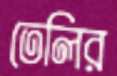
তেলির